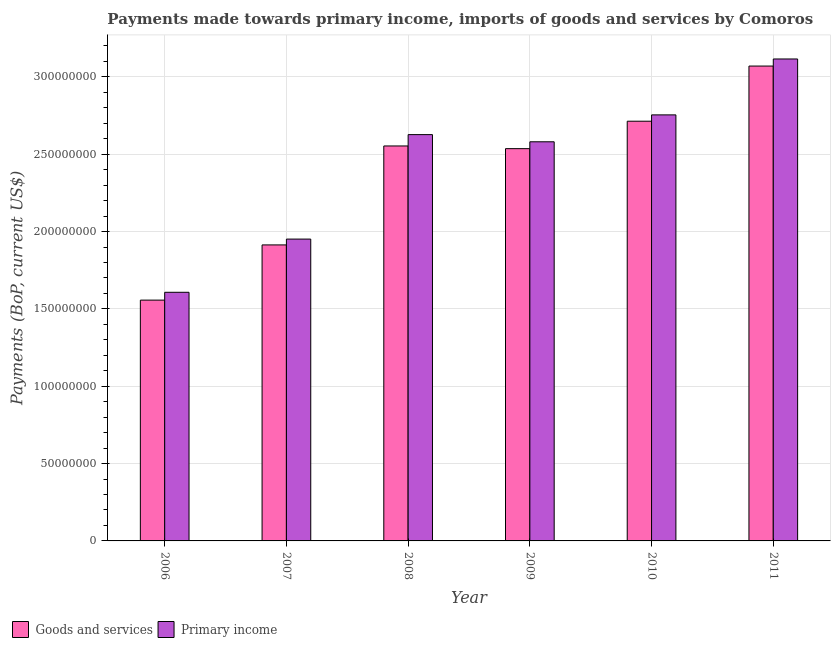
| Year | Goods and services | Primary income |
 | --- | --- | --- |
 | 2006 | 1.56e+08 | 1.61e+08 |
 | 2007 | 1.91e+08 | 1.95e+08 |
 | 2008 | 2.55e+08 | 2.63e+08 |
 | 2009 | 2.54e+08 | 2.58e+08 |
 | 2010 | 2.71e+08 | 2.75e+08 |
 | 2011 | 3.07e+08 | 3.12e+08 |